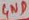
Text: GND